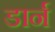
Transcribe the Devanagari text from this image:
डार्न